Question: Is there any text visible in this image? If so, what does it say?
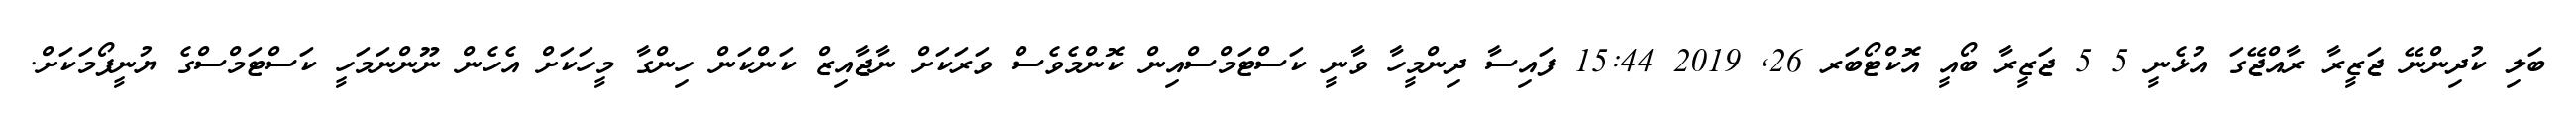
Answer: ބަލި ކުދިންނޭ ޖަޒީރާ ރާއްޖޭގަ އުޅެނީ 5 5 ޖަޒީރާ ބޯއީ އޮކްޓޯބަރ 26, 2019 15:44 ފައިސާ ދިންމީހާ ވާނީ ކަސްޓަމްސްއިން ކޮންމެވެސް ވަރަކަށް ނާޖާއިޒް ކަންކަން ހިންގާ މީހަކަށް އެހެން ނޫންނަމަހީ ކަސްޓަމްސްގެ ޔުނީފޯމަކަށް.